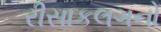
રીસાકલગનો